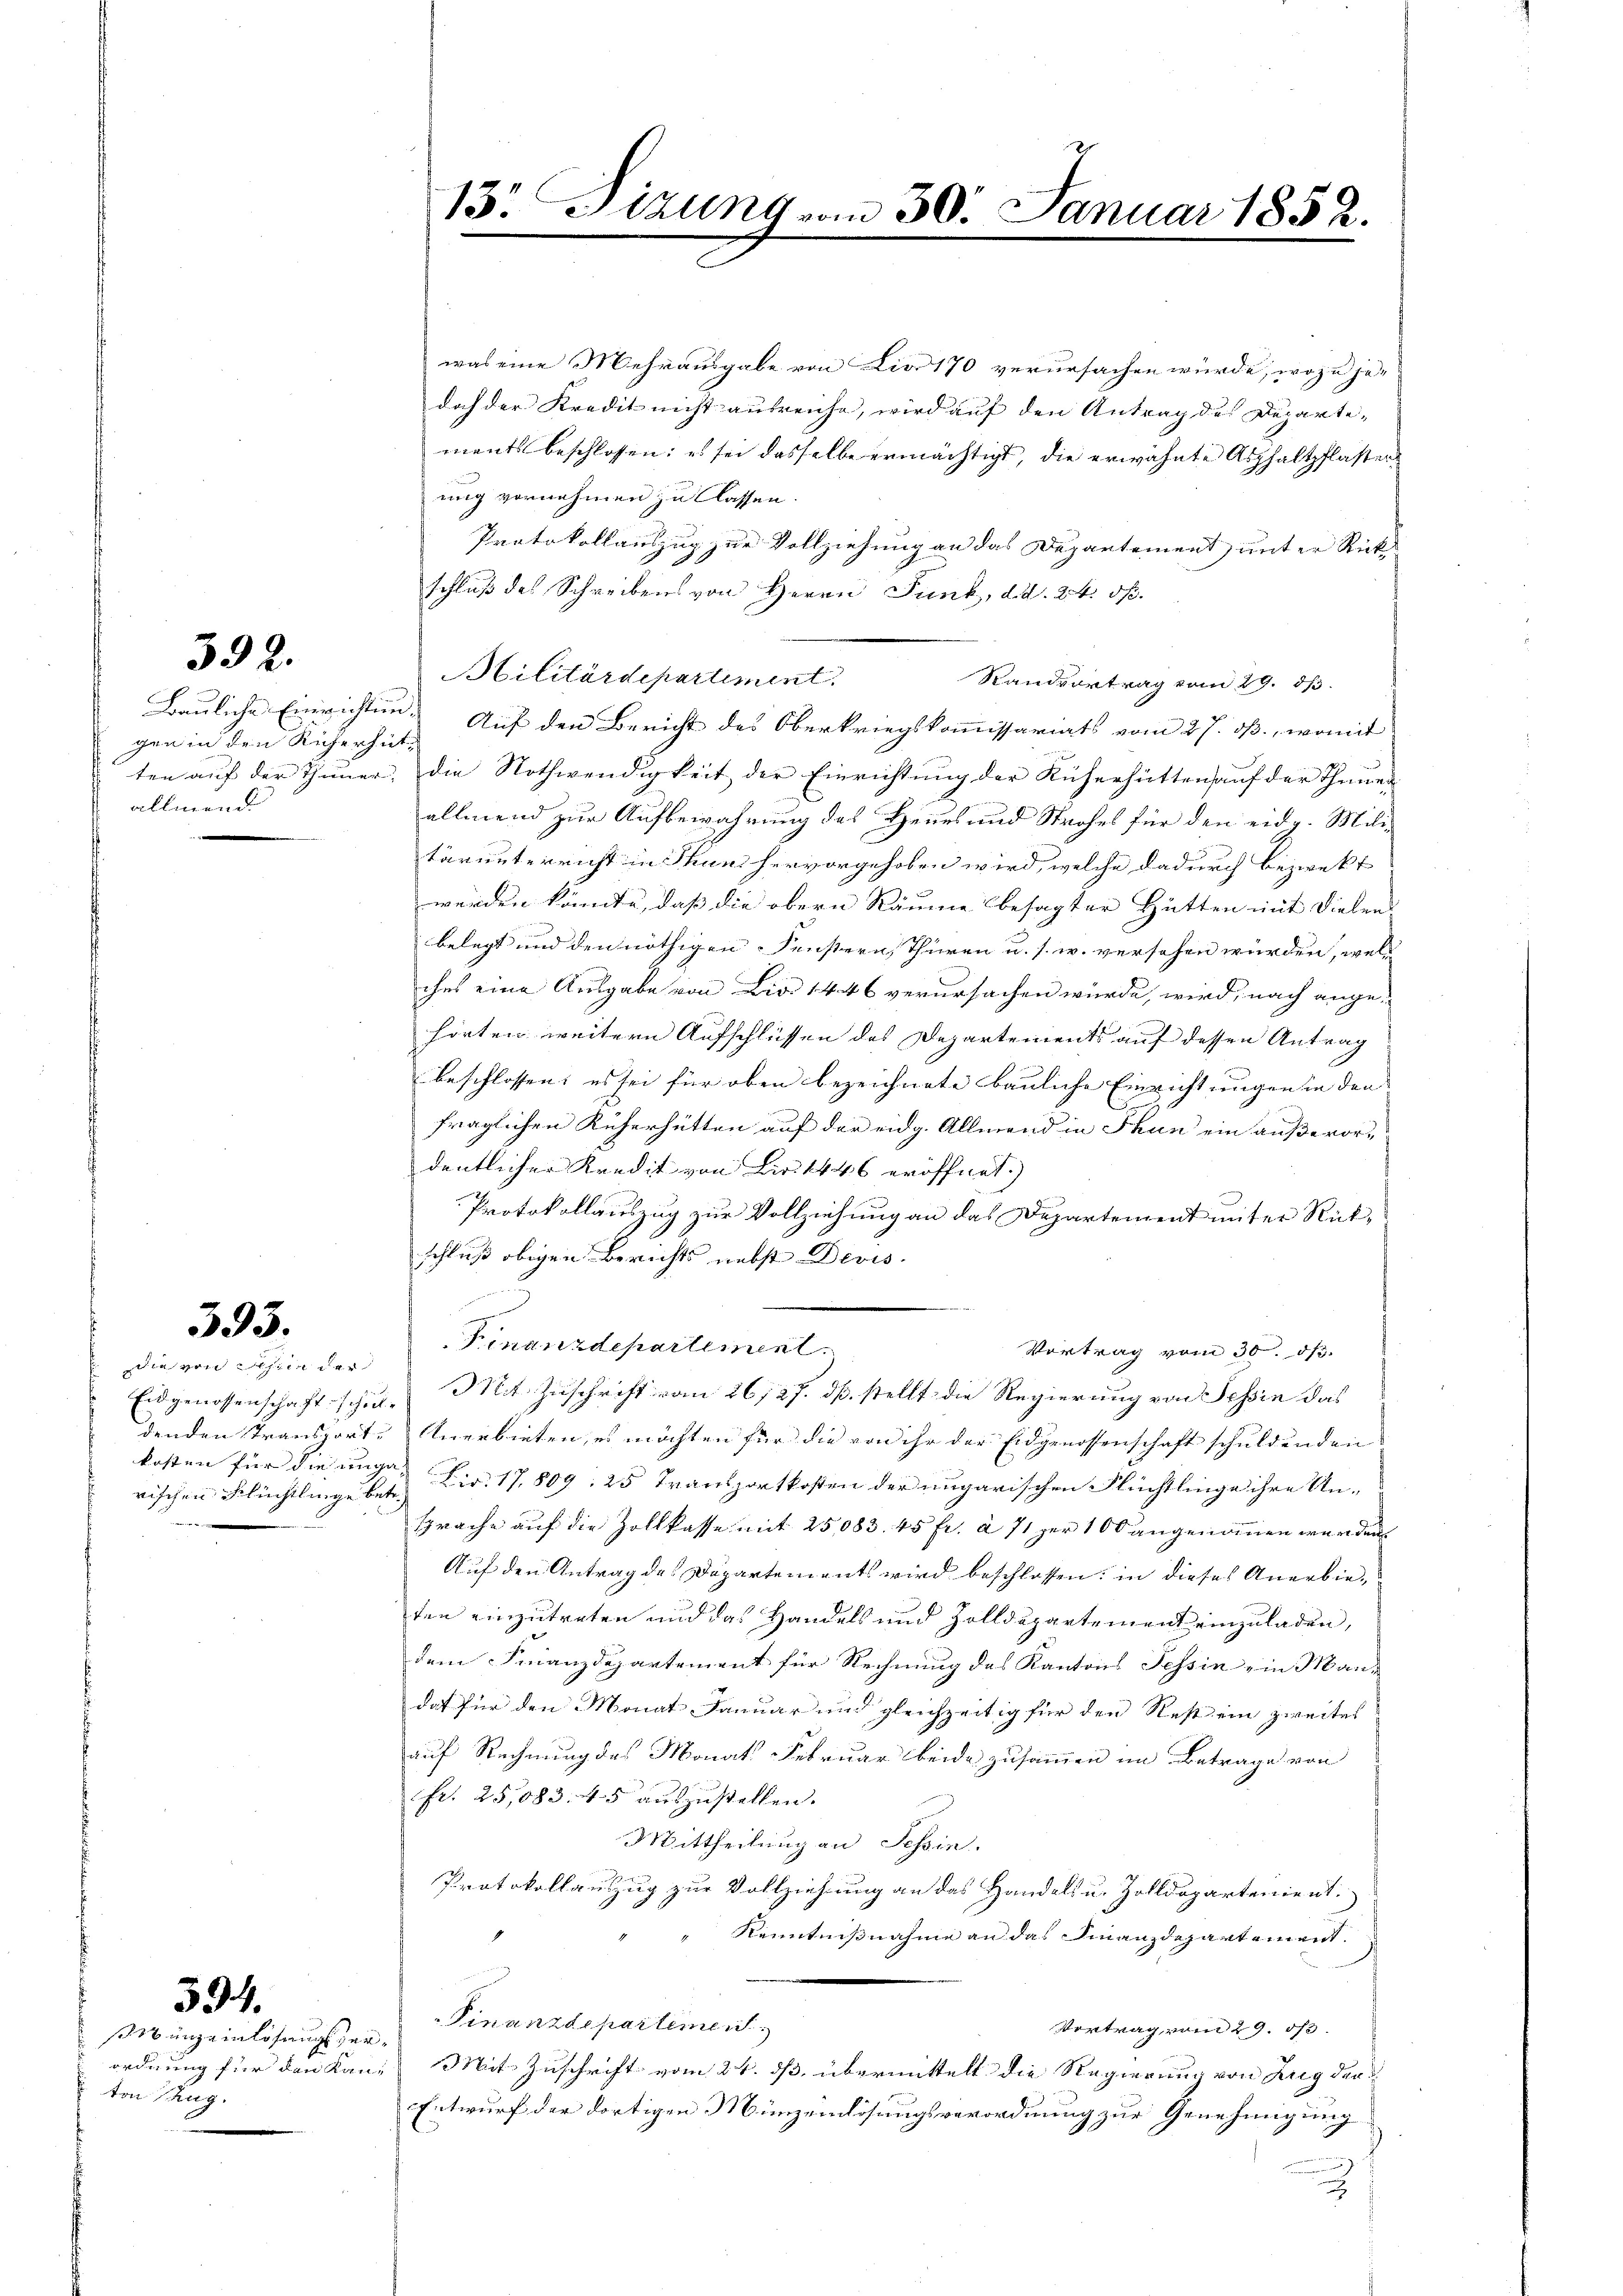
392.

Bauliche Einrichtungen in den Richerhut
allmend

393.

die von sehen der
rischen Flüchtlinge betr.
e

unzeinlösungserordnung für den Ka
ton Zug.

594.

was eine Mehrausgabe von Lio 170 verursachen würde, wozu je-
doch der Kredit nicht ausreiche, wird auf den Antrag des Departe-
ments beschlossen; es sei dasselbe ermächtigt, die erwähnte Asphaltpflaster
ung vornehmen zu Classen.
Protokollauszug zur Vollziehung an das Departement unter Rück
schluß des Schreibens von Herrn Funk, d. d. 24. d.
Militärdepartiment.
Randvortrag vom 29. ds.
Auf den Bericht des Oberkriegskommissariats vom 27. ds., womit
ten auf der Thuner, die Nothwendigkeit der Einrichtung der Rücherhütten auf der Thuner
allmend zur Aufbewahrung des Heues und Strohes für den eidg. Mili-
tärunterricht in Thun hervorgehoben wird, welche dadurch bezweckt
werden könnte, daß die obern Räume besagter Hütten mit Dielen |
belegt und den nöthigen Fenstern Thüren u. s. w. versehen würden, welc
ches eine Ausgabe von Dia 1446 verursachen würde, wird, nach ange-
hörten weitern Aufschlüssen des Departements auf dessen Antrag
beschlossen: es sei für oben bezeichnete bauliche Einrichtungen in den
fraglichen Küherhütten auf der eidg. Allmend in Thun ein außerordentlicher Kredit von Bier 1446 eröffnet.)
Protokollauszug zur Vollziehung an das Departement unter Rückschluß obigen Berichts nebst Devis
Finanzdepartement.
Vortrag vom 30. ds.
Eidgenossenschaft schien Mit Zuschrift vom 26/27. dß. stellt die Regierung von Tessin das
denden Transport Anerbieten, es möchten für die von ihr der Eidgenossenschaft schuldenden
kosten für die ungen Fr. 17809, 25 Transportkosten der ungarischen Flüchtlinge ihre An-
sprache auf die Zollkasse mit 25083. 45 fr. à 71 zur 100 angenommen werden.
Auf den Antrag des Departements wird beschlossen: in dieses Anerbieten einzutreten und das Handels und Zolldepartement einzuladen,
dem Finanzdepartement für Rechnung des Kantons Tessin - in Mandat für den Monat Januar und gleichzeitig für den Rest ein zweites
auf Rechnung des Monat Februar beide zusammen im Betrage von
fr. 25,083. 45 auszustellen.
Mittheilung an Tessin.
Protokollauszug zur Vollziehung an das Handels u. Zolldeparteniret
Kenntnißnahme an das Finanzdepartement
Finanzdepartement
Vertrag, vom 29. 53.
ne Mit Zuschrift vom 24. ds. übermittelt die Regierung von Zug der
Entwurf der dortigen Münzeinlösungsverordnung zur Genehmigung

13. Sitzung vom 30. Januar 1852.